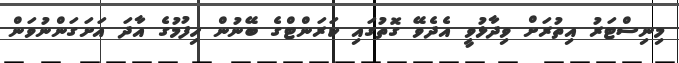
މިނިސްޓަރު އިތުރަށް ވިދާޅުވީ އެދެވޭ ގޮތުގައި ކަރަންޓްގެ ބޭނުން ހިފުމުގެ އާދަ އަށަގަންނުވަން